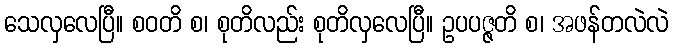
သေလှလေပြီ။ စဝတိ စ၊ စုတိလည်း စုတိလှလေပြီ။ ဥပပဇ္ဇတိ စ၊ အဖန်တလဲလဲ